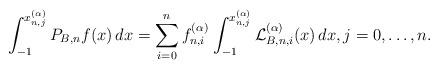
LaTeX: \begin{align*}\int_{ - 1}^{x_{n,j}^{(\alpha )}} {{P_{B,n}}f(x)\,dx} = \sum\limits_{i = 0}^n {f_{n,i}^{(\alpha )}{\mkern 1mu} \int_{ - 1}^{x_{n,j}^{(\alpha )}} {{\cal L}_{B,n,i}^{(\alpha )}(x)\,dx} }, j = 0, \ldots, n.\end{align*}